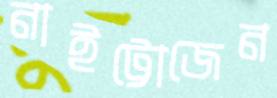
নাইট্টোজেন